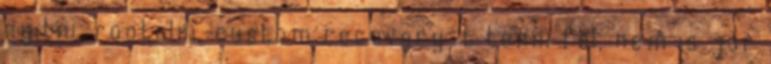
nyitni, rootolni, custom recovery-t tenni fel, nem is jár